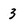
Character: 3